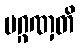
ပဂ္ဂဏှတိ